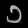
Digit: ၁